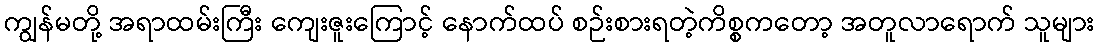
ကျွန်မတို့ အရာထမ်းကြီး ကျေးဇူးကြောင့် နောက်ထပ် စဉ်းစားရတဲ့ကိစ္စကတော့ အတူလာရောက် သူများ